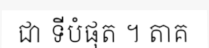
ជា ទីបំផុត ។ តាគ